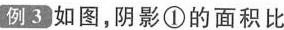
例3 如图，阴影①的面积比